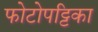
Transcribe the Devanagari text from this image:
फोटोपट्टिका